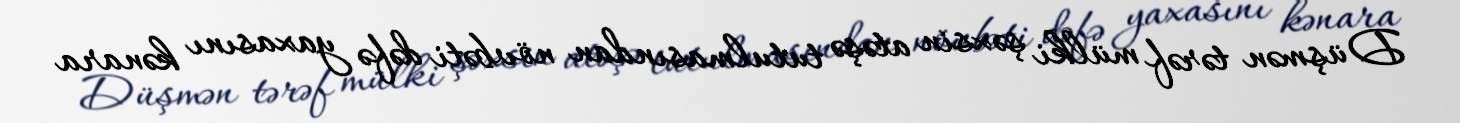
Düşmən tərəf mülki şəxsin atəşə tutulmasından növbəti dəfə yaxasını kənara